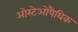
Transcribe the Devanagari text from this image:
ओस्टेओपैथिक